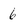
Character: 6